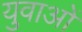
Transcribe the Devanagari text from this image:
युवाअों